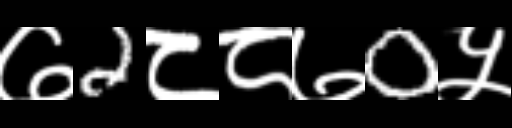
Text: ७2८८७0५